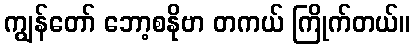
ကျွန်တော် ဘော့စနိုဗာ တကယ် ကြိုက်တယ်။